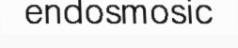
endosmosic